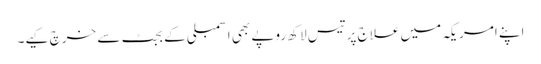
اپنے امریکہ میں علاج پر تیس لاکھ روپے بھی اسمبلی کے بجٹ سے خرچ کیے۔